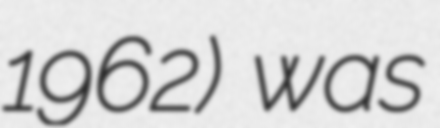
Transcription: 1962) was